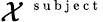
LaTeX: \mathcal X^{\mathrm{~\scriptsize~s~u~b~j~e~c~t~}}